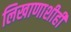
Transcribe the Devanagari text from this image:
लिखाणाशीही